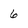
Character: 6